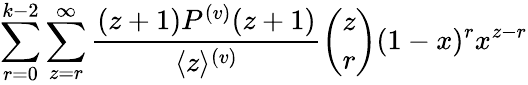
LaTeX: \sum_{r=0}^{k-2}\sum_{z=r}^{\infty}\frac{(z+1)P^{(v)}(z+1)}{\langle z\rangle^{(v)}}\binom{z}{r}(1-x)^{r}x^{z-r}